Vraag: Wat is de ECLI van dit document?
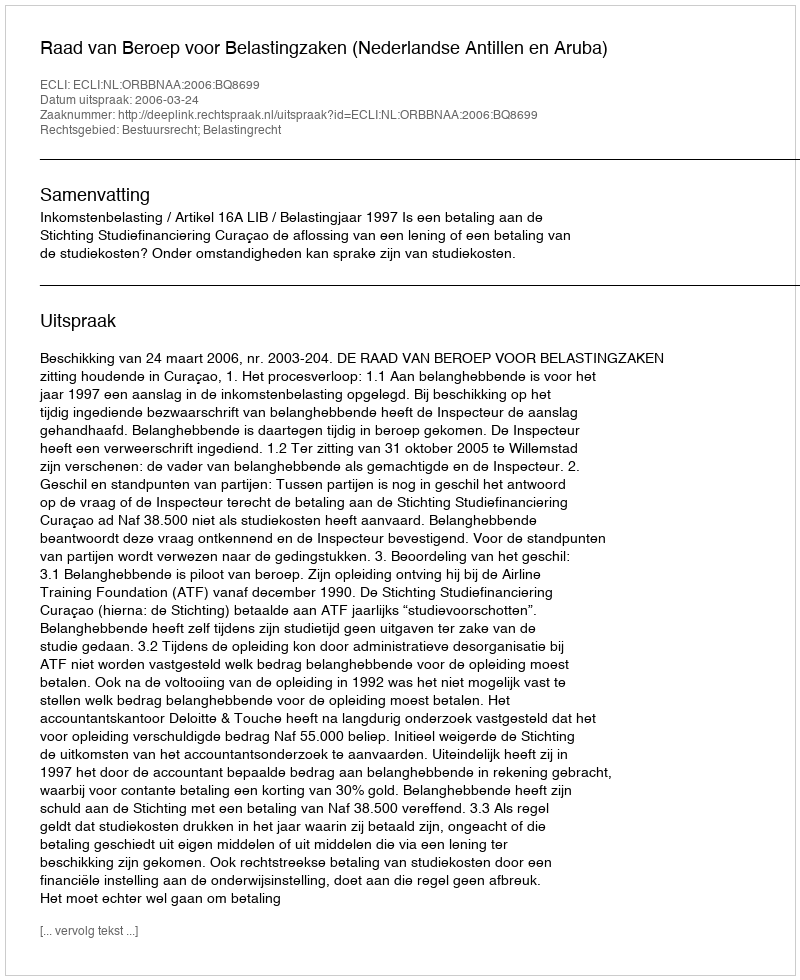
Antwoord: ECLI:NL:ORBBNAA:2006:BQ8699